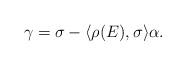
LaTeX: \begin{align*}\gamma = \sigma - \langle\rho(E),\sigma\rangle\alpha.\end{align*}